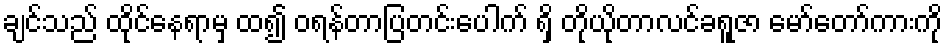
ချင်သည် ထိုင်နေရာမှ ထ၍ ဝရန်တာပြတင်းပေါက် ရှိ တိုယိုတာလင်ခရူဇာ မော်တော်ကားကို